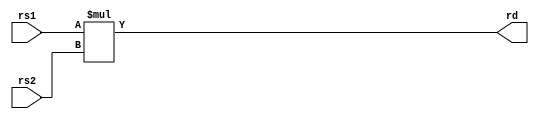
module MUL
(
    input [31:0]rs1,
    input [31:0]rs2,
    output [63:0]rd
);

assign    rd=rs1*rs2;


endmodule